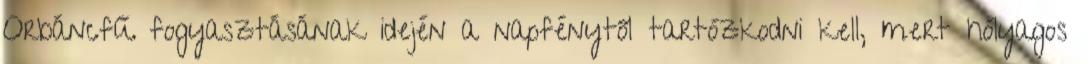
Orbáncfű fogyasztásának idején a napfénytől tartózkodni kell, mert hólyagos